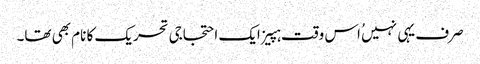
صرف یہی نہیں ُاس وقت ہپیز ایک احتجاجی تحریک کا نام بھی تھا۔